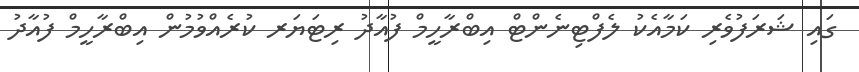
ގައި ޝަރަފުވެރި ކަމާއެކު ލެފްޓިނެންޓް އިބްރާހީމް ފުއާދު ރިޓަޔަރ ކުރެއްވުމުން އިބްރާހީމް ފުއާދު